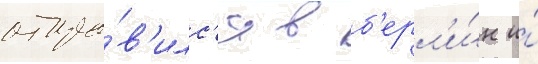
отпра́в'илс'я в б'ерл'и́н и́